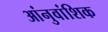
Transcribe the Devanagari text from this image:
आंनुवांशिक